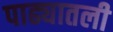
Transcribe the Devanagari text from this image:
पाढ्यातली